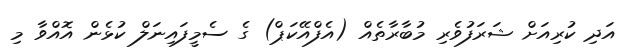
އަދި ކުރިއަށް ޝަރަފުވެރި މުބާރާތެއް (އެފްއޭކަޕް) ގެ ސެމީފައިނަލް ކުޅެން އޮއްވާ މި